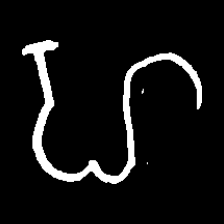
Pyu character \u2014 Myanmar letter: ဟ (romanized: ha)